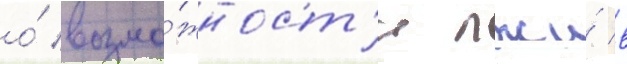
о́ возмо́жност'и лжи́ в